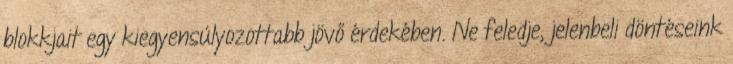
blokkjait egy kiegyensúlyozottabb jövő érdekében. Ne feledje, jelenbeli döntéseink